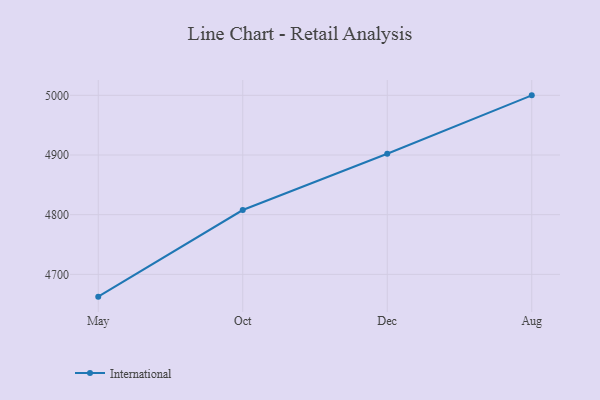
{"axis": {"x": "Month", "y": "Net Income (USD K)"}, "legend": ["International"], "data": [{"x": "May", "y": 4662.6, "type": "International"}, {"x": "Oct", "y": 4807.8, "type": "International"}, {"x": "Dec", "y": 4902.2, "type": "International"}, {"x": "Aug", "y": 5000, "type": "International"}]}